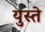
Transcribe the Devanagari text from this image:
युस्ते